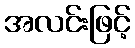
အလင်းဖြင့်